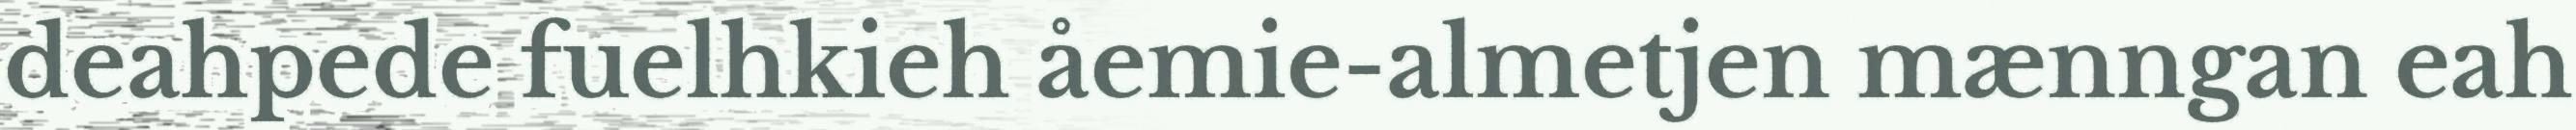
deahpede fuelhkieh åemie-almetjen mænngan eah